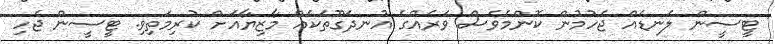
ޓީސީން ލަނޑެއް ޖެހުމުން ކޮންމެވެސް ވަރެއްގެ އުނދަގޫތަކެއް މާޒިޔާއަށް ކުރިމަތިވި. ޓީސީން ޖެހި